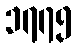
၁၇၇၅